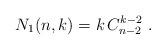
LaTeX: \begin{align*}N_1(n,k)=k\, C_{n-2}^{k-2}\ .\end{align*}